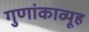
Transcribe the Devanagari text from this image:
गुणांकाव्यूह